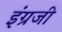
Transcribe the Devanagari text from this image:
इंंग्रजी